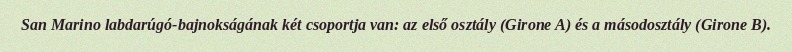
San Marino labdarúgó-bajnokságának két csoportja van: az első osztály (Girone A) és a másodosztály (Girone B).